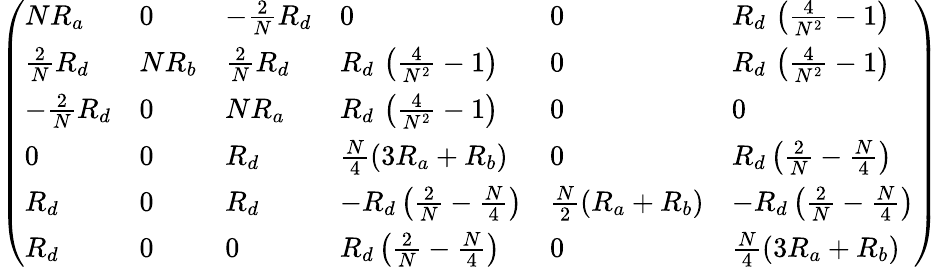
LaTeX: \left(\begin{array}{llllll}{{NR_{a}}}&{{0}}&{{-\frac{2}{N}R_{d}}}&{{0}}&{{0}}&{{R_{d}\, \left(\frac{4}{N^{2}}-1\right)}}\\ {{\frac{2}{N}R_{d}}}&{{NR_{b}}}&{{\frac{2}{N}R_{d}}}&{{R_{d}\, \left(\frac{4}{N^{2}}-1\right)}}&{{0}}&{{R_{d}\, \left(\frac{4}{N^{2}}-1\right)}}\\ {{-\frac{2}{N}R_{d}}}&{{0}}&{{NR_{a}}}&{{R_{d}\, \left(\frac{4}{N^{2}}-1\right)}}&{{0}}&{{0}}\\ {{0}}&{{0}}&{{R_{d}}}&{{\frac{N}{4}\left(3R_{a}+R_{b}\right)}}&{{0}}&{{R_{d}\left(\frac{2}{N}-\frac{N}{4}\right)}}\\ {{R_{d}}}&{{0}}&{{R_{d}}}&{{-R_{d}\left(\frac{2}{N}-\frac{N}{4}\right)}}&{{\frac{N}{2}\left(R_{a}+R_{b}\right)}}&{{-R_{d}\left(\frac{2}{N}-\frac{N}{4}\right)}}\\ {{R_{d}}}&{{0}}&{{0}}&{{R_{d}\left(\frac{2}{N}-\frac{N}{4}\right)}}&{{0}}&{{\frac{N}{4}\left(3R_{a}+R_{b}\right)}}\end{array}\right)